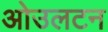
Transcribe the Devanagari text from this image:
ओउलटन